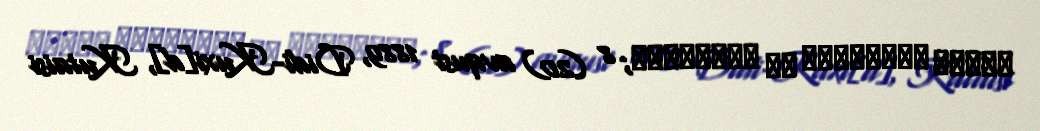
დავით ნესტორის ძე კაკაბაძე; 8 (20) avqust 1889, Didi-Kuxi[d], Kutaisi